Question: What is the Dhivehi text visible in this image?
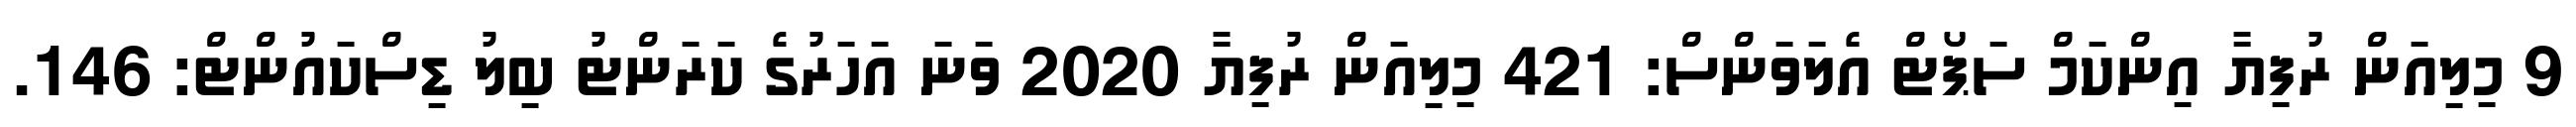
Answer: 9 މިލިއަން ރުފިޔާ އިންކަމް ސަޕޯޓް އެލަވަންސް: 421 މިލިއަން ރުފިޔާ 2020 ވަނަ އަހަރުގެ ކަރަންޓު ބިލު ޑިސްކައުންޓް: 146.